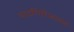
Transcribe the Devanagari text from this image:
यादगिरीजवळ